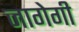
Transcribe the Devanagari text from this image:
जागेगी